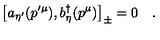
\left[ a _ { \eta ^ { \prime } } ( p ^ { \prime \mu } ) , b _ { \eta } ^ { \dagger } ( p ^ { \mu } ) \right] _ { \pm } = 0 \quad .